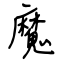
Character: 魔